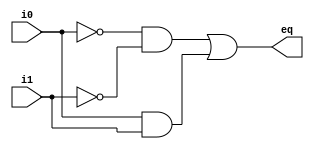
module eq1_always
  (
   input wire i0, i1,
   output reg eq  // eq declared as reg
  );

  // p0 and p1 declared as reg
  reg p0, p1;

  always @(i0, i1) // i0 an i1 must be in sensitivity list
  begin
     // the order of statements is important
     p0 = ~i0 & ~i1;
     p1 = i0 & i1;
     eq = p0 | p1;
  end

endmodule